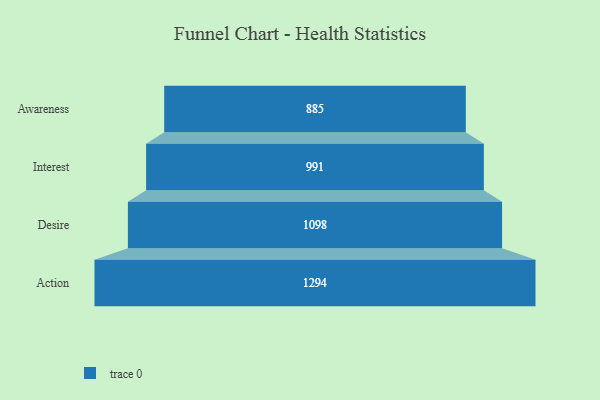
{"axis": {"x": "Stage", "y": "Value"}, "legend": [""], "data": [{"x": "Awareness", "y": 885.0, "type": ""}, {"x": "Interest", "y": 991.0, "type": ""}, {"x": "Desire", "y": 1098.0, "type": ""}, {"x": "Action", "y": 1294.0, "type": ""}]}